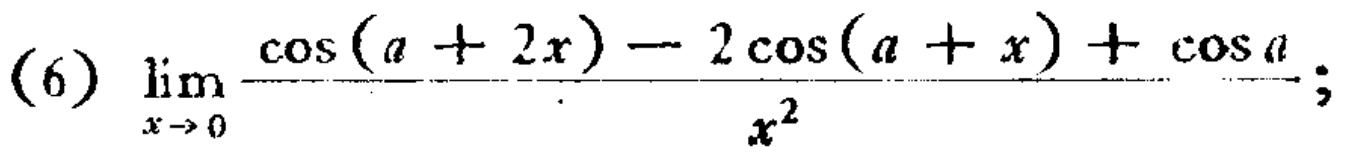
\[\lim_{x \to 0} \frac{\cos(a + 2x) - 2\cos(a + x) + \cos a}{x^{2}};\]